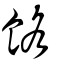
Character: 餎